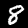
Digit: 8